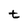
Character: t